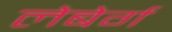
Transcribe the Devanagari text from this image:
लेबेर्ग